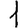
Digit: 1